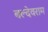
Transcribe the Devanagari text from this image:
बल्देवराम